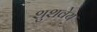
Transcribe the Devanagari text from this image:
शुशवेय